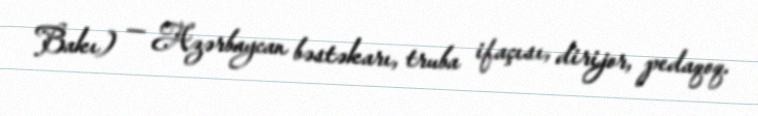
Bakı) — Azərbaycan bəstəkarı, truba ifaçısı, dirijor, pedaqoq.